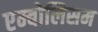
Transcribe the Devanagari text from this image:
एम्बोलिसम